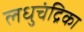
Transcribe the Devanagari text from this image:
लधुचंद्रिका